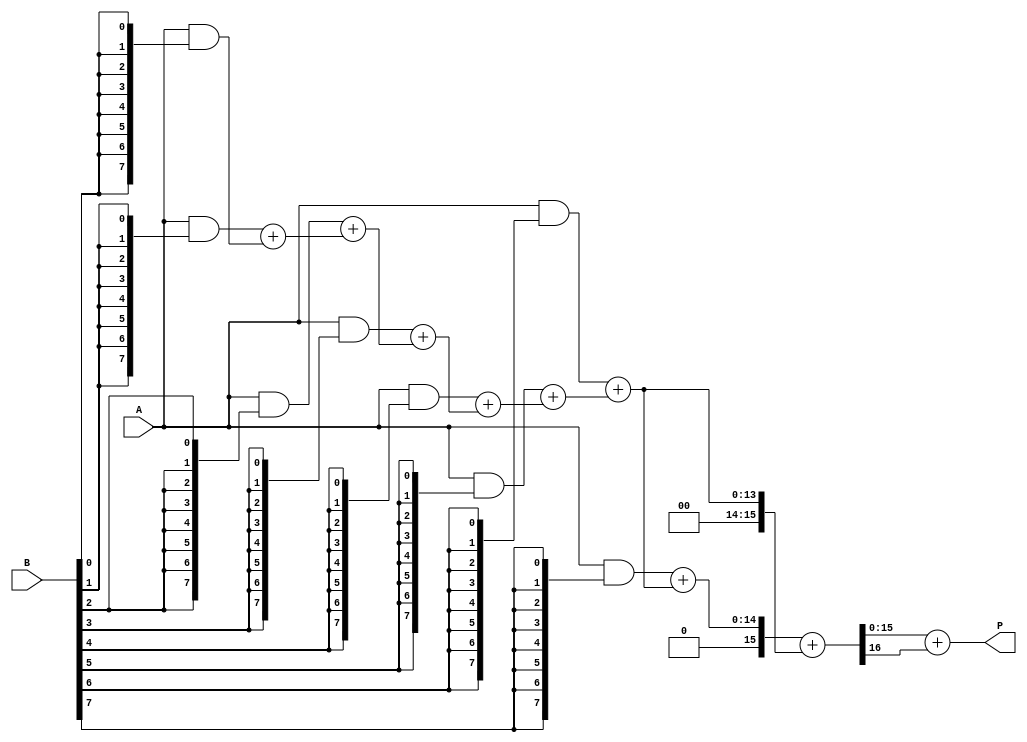
module FixedPointWallaceTreeMultiplier #(
    parameter A_WIDTH = 8, // Width of multiplicand
    parameter B_WIDTH = 8, // Width of multiplier
    parameter P_WIDTH = A_WIDTH + B_WIDTH // Width of product
)(
    input [A_WIDTH-1:0] A, // Multiplicand
    input [B_WIDTH-1:0] B, // Multiplier
    output reg [P_WIDTH-1:0] P // Product
);

    // Generate partial products
    wire [A_WIDTH-1:0] pp[B_WIDTH-1:0]; // Partial products
    genvar i;
    generate
        for (i = 0; i < B_WIDTH; i = i + 1) begin : pp_gen
            assign pp[i] = A & {A_WIDTH{B[i]}}; // AND operation to generate partial products
        end
    endgenerate

    // Wallace Tree Reduction
    wire [P_WIDTH-1:0] sum[0:A_WIDTH+B_WIDTH-2]; // Intermediate sums
    wire [A_WIDTH+B_WIDTH-2:0] carry; // Carry bits

    // Stage 1: Half Adders and Full Adders
    genvar j;
    generate
        for (j = 0; j < B_WIDTH; j = j + 1) begin : stage1
            if (j == 0) begin
                assign sum[j] = pp[j]; // First row of partial products
            end else begin
                assign {carry[j], sum[j]} = pp[j] + sum[j-1]; // Add previous sum
            end
        end
    endgenerate

    // Stage 2: Further reduction using Half Adders and Full Adders
    wire [P_WIDTH-1:0] final_sum;
    wire [P_WIDTH-1:0] final_carry;

    // Combine final two rows
    assign {final_carry, final_sum} = sum[B_WIDTH-1] + sum[B_WIDTH-2];

    // Final product assignment
    always @(*) begin
        P = final_sum + final_carry; // Final product
    end

endmodule